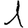
Digit: 1